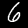
Label: 6